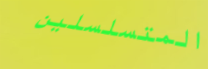
المتسلسلين